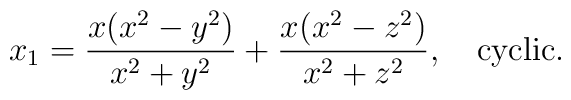
x_1 = \frac{x(x^2-y^2)}{x^2+y^2} + \frac{x(x^2-z^2)}{x^2+z^2},   \ \ \ {\rm cyclic}.